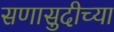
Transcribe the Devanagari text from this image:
सणासुदीच्या